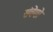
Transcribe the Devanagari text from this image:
संवेगो